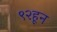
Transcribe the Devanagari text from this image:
९२हून